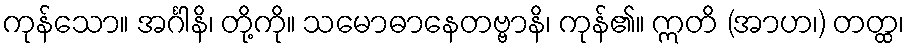
ကုန်သော။ အင်္ဂါနိ၊ တို့ကို။ သမောဓာနေတဗ္ဗာနိ၊ ကုန်၏။ ဣတိ (အာဟ၊) တတ္ထ၊